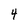
Character: 4